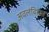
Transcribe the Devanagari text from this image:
अवलंबितात